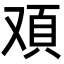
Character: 𩑌